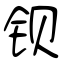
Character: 钡